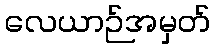
လေယာဉ်အမှတ်